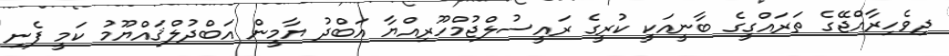
ދިވެހިރާއްޖޭގެ ތަރައްގީގެ ބާނީއަކީ ކުރީގެ ރައީސުލްޖުމްހޫރިއްޔާ އަބްދު ޔާމީން އަބްދުލްޤައްޔޫމު ކަމީ ފެނި